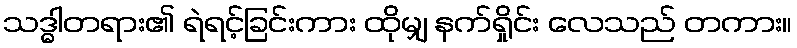
သဒ္ဓါတရား၏ ရဲရင့်ခြင်းကား ထိုမျှ နက်ရှိုင်း လေသည် တကား။